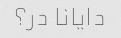
دایانا در؟